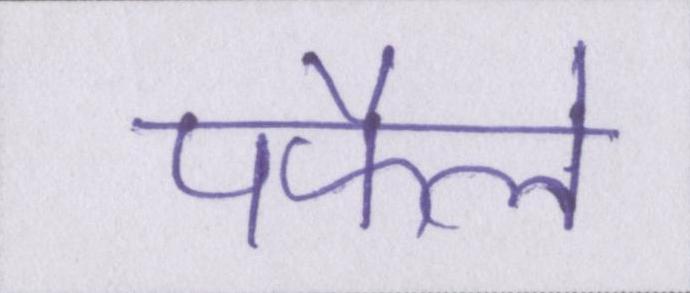
पफैले